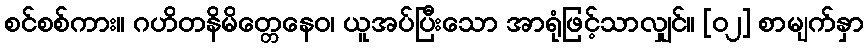
စင်စစ်ကား။ ဂဟိတနိမိတ္တေနေဝ၊ ယူအပ်ပြီးသော အာရုံဖြင့်သာလျှင်။ [၀၂] စာမျက်နှာ